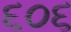
૬૦૬